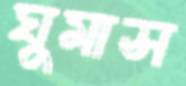
ঘুমাস